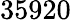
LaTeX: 35920